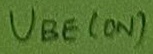
Text: UBE(ON)